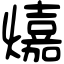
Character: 𤐵